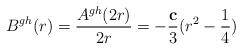
LaTeX: \begin{align*}B^{gh}(r) = \frac{A^{gh}(2r)}{2r} = - \frac{\bf c}{3} (r^2 - \frac{1}{4})\end{align*}